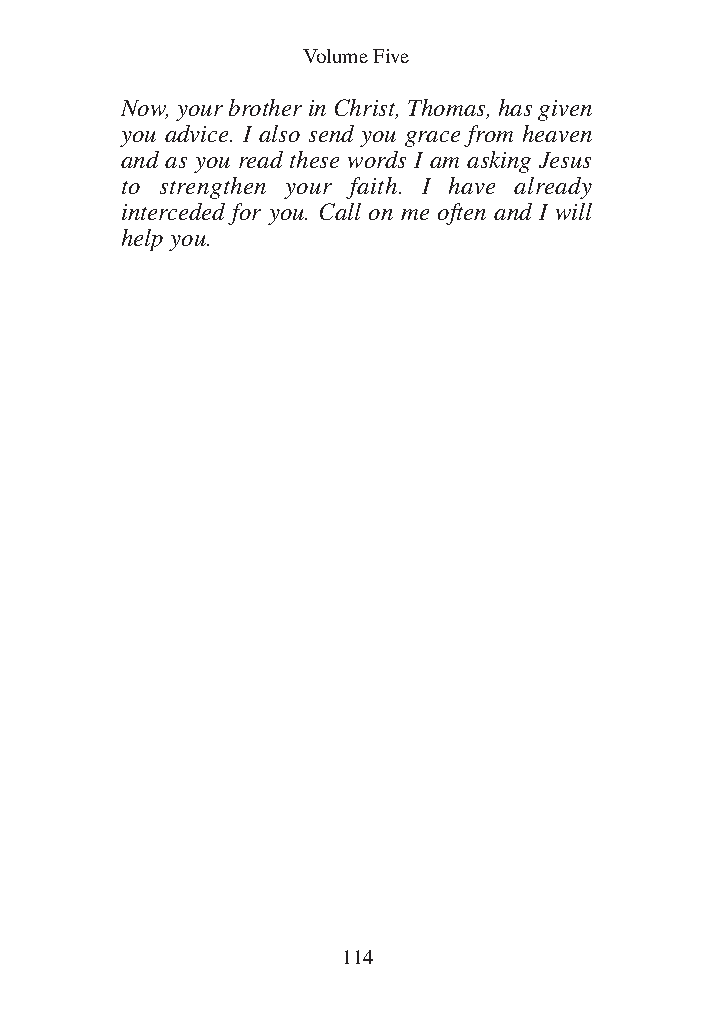
DFOT Vol 5 No App_1 12/3/13 8:54 PM Page 114
 Volume Five
 Now, your brother in Christ, Thomas, has given
 you advice. I also send you grace from heaven
 and as you read these words I am asking Jesus
 to strengthen your faith. I have already
 interceded for you. Call on me often and I will
 help you.
 114